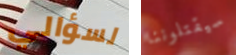
لسؤالي سيقتلوننا